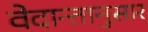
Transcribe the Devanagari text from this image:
वेदान्तानुसार